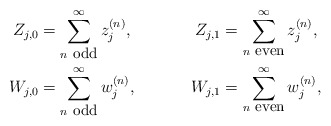
\begin{align*}&& Z_{j,0} &=\sum_{n\hbox{ \small{odd}}}^\infty z_j^{(n)}, & Z_{j,1} &=\sum_{n\hbox{ \small{even}}}^\infty z_j^{(n)},&\\&& W_{j,0} &=\sum_{n\hbox{ \small{odd}}}^\infty w_j^{(n)}, & W_{j,1} &=\sum_{n\hbox{ \small{even}}}^\infty w_j^{(n)},&\end{align*}